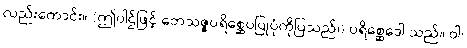
လည်းကောင်း။ (ဤပါဌ်ဖြင့် ဘေသဇ္ဇပရိစ္ဆေပပြုပုံကိုပြသည်၊) ပရိစ္ဆေဒေါ သည်။ ဝါ၊